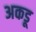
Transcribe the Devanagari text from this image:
अकडू